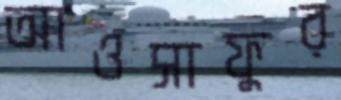
আওসাফুর